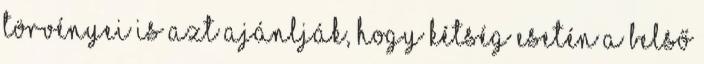
törvényei is azt ajánlják, hogy kétség esetén a belső